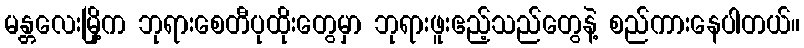
မန္တလေးမြို့က ဘုရားစေတီပုထိုးတွေမှာ ဘုရားဖူးဧည့်သည်တွေနဲ့ စည်ကားနေပါတယ်။